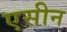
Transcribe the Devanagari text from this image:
एसीन